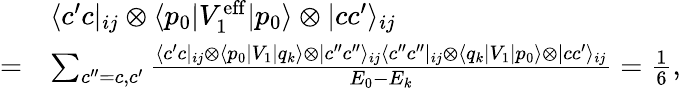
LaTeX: \begin{array}{rl}&{\langle c^{\prime}c|_{ij}\otimes\langle p_{0}|V_{1}^{\mathrm{eff}}|p_{0}\rangle\otimes|cc^{\prime}\rangle_{ij}}\\ {=}&{\sum_{c^{\prime\prime}=c,c^{\prime}}\frac{\langle c^{\prime}c|_{ij}\otimes\langle p_{0}|V_{1}|q_{k}\rangle\otimes|c^{\prime\prime}c^{\prime\prime}\rangle_{ij}\langle c^{\prime\prime}c^{\prime\prime}|_{ij}\otimes\langle q_{k}|V_{1}|p_{0}\rangle\otimes|cc^{\prime}\rangle_{ij}}{E_{0}-E_{k}}=\frac{1}{6},}\end{array}